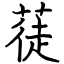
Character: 蓗